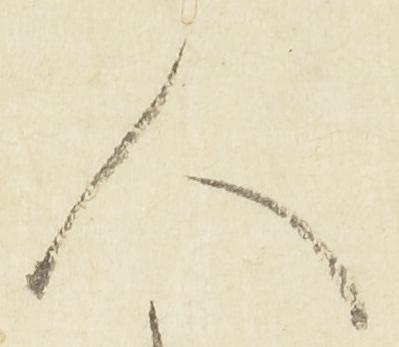
人